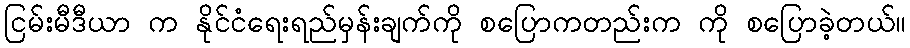
ငြမ်းမီဒီယာ က နိုင်ငံရေးရည်မှန်းချက်ကို စပြောကတည်းက ကို စပြောခဲ့တယ်။